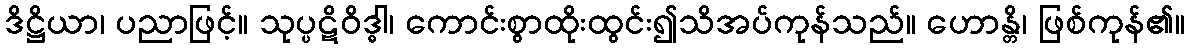
ဒိဋ္ဌိယာ၊ ပညာဖြင့်။ သုပ္ပဋိဝိဒ္ဓါ၊ ကောင်းစွာထိုးထွင်း၍သိအပ်ကုန်သည်။ ဟောန္တိ၊ ဖြစ်ကုန်၏။